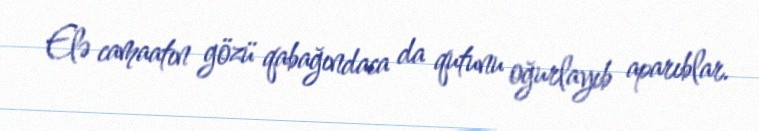
Elə camaatın gözü qabağındaca da qutunu oğurlayıb aparıblar.